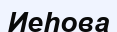
Иеһова